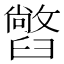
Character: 𦦢